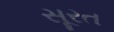
સૂરત